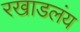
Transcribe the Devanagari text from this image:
रखाडलंय